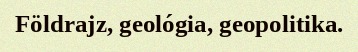
Földrajz, geológia, geopolitika.